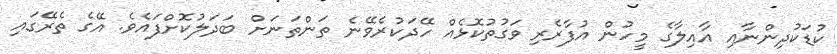
ކުޑަކުދިންނާއި އާއިލާގެ މީހުން އުފާރެރި ވަގުތުކޮޅެއް ހޭދަކުރެވޭނެ ތަންތަނަށް ބަދަލުކޮށްފައެވެ. އޭގެ ތެރޭގައި